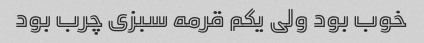
خوب بود ولی یکم قرمه سبزی چرب بود